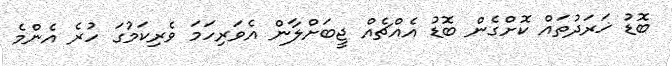
ބޮޑު ޚަރަދުތައް ކޮށްގެން ބޮޑު އެއްޗެއް ޖީބަަށްލާން އެވަރިހަމަ ވެރިކަމުގަ ހުރެ އެންމެ